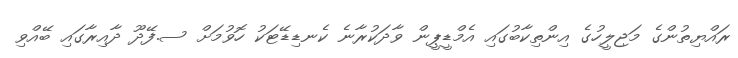
ރައްޔިތުންގެ މަޖިލީހުގެ އިންތިކާބުގައި އެމްޑީޕީން ވާދަކުރާނެ ކެނޑިޑޭޓަކު ހޮވުމަށް ސ.ފޭދޫ ދާއިރާގައި ބޭއްވި